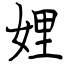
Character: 娌